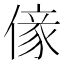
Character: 𠎵